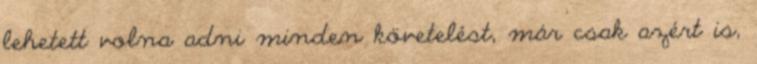
lehetett volna adni minden követelést, már csak azért is,